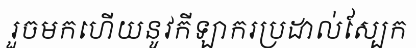
រួចមកហើយនូវកីឡាករប្រដាល់ស្បែក